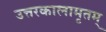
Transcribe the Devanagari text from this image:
उत्तरकालामृतम्